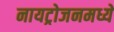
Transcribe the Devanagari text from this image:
नायट्रोजनमध्ये